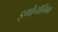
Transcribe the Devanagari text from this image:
इर्गोनॉमिक